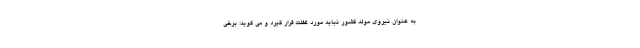
به عنوان نیروی مولد کشور نباید مورد غفلت قرار گیرد و می گوید: برخی